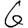
Digit: 6